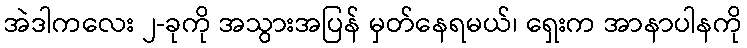
အဲဒါကလေး ၂-ခုကို အသွားအပြန် မှတ်နေရမယ်၊ ရှေးက အာနာပါနကို